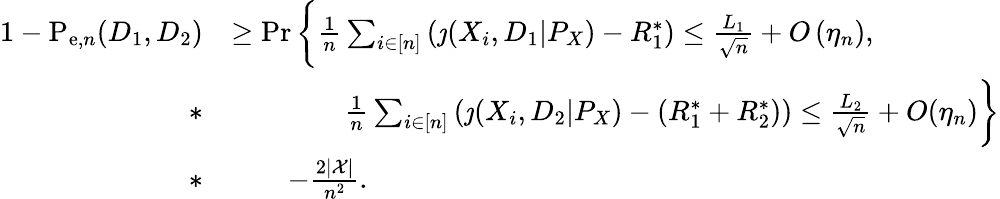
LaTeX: \begin{array}{rl}{1-\mathrm{P}_{\mathrm{e},n}(D_{1},D_{2})}&{\geq\operatorname*{Pr}\bigg\{ \frac{1}{n}\sum_{i\in[n]}\left(\jmath(X_{i},D_{1}|P_{X})-R_{1}^{*}\right)\leq\frac{L_{1}}{\sqrt{n}}+O\left(\eta_{n}\right),}\\ {*}&{\qquad\qquad\frac{1}{n}\sum_{i\in[n]}\left(\jmath(X_{i},D_{2}|P_{X})-(R_{1}^{*}+R_{2}^{*})\right)\leq\frac{L_{2}}{\sqrt{n}}+O(\eta_{n})\bigg\} }\\ {*}&{\qquad-\frac{2|\mathcal{X}|}{n^{2}}.}\end{array}